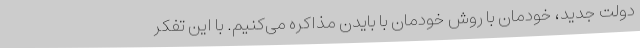
دولت جدید، خودمان با روش خودمان با بایدن مذاکره می‌کنیم. با این تفکر